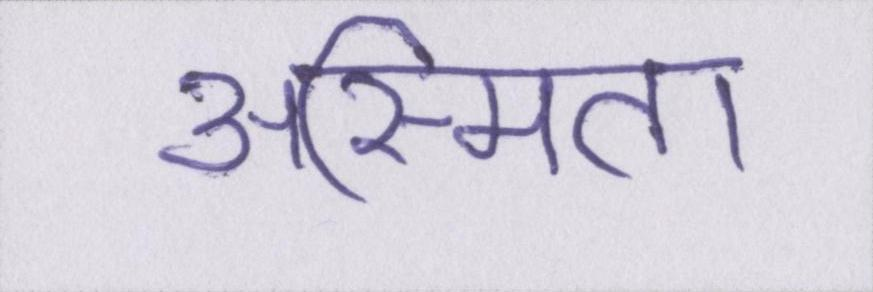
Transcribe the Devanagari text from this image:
अस्मिता